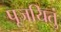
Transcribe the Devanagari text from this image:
पूजयितुं